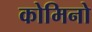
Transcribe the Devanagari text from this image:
कोमिनो